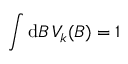
\int \mathrm { d } B \, V _ { k } ( B ) = 1